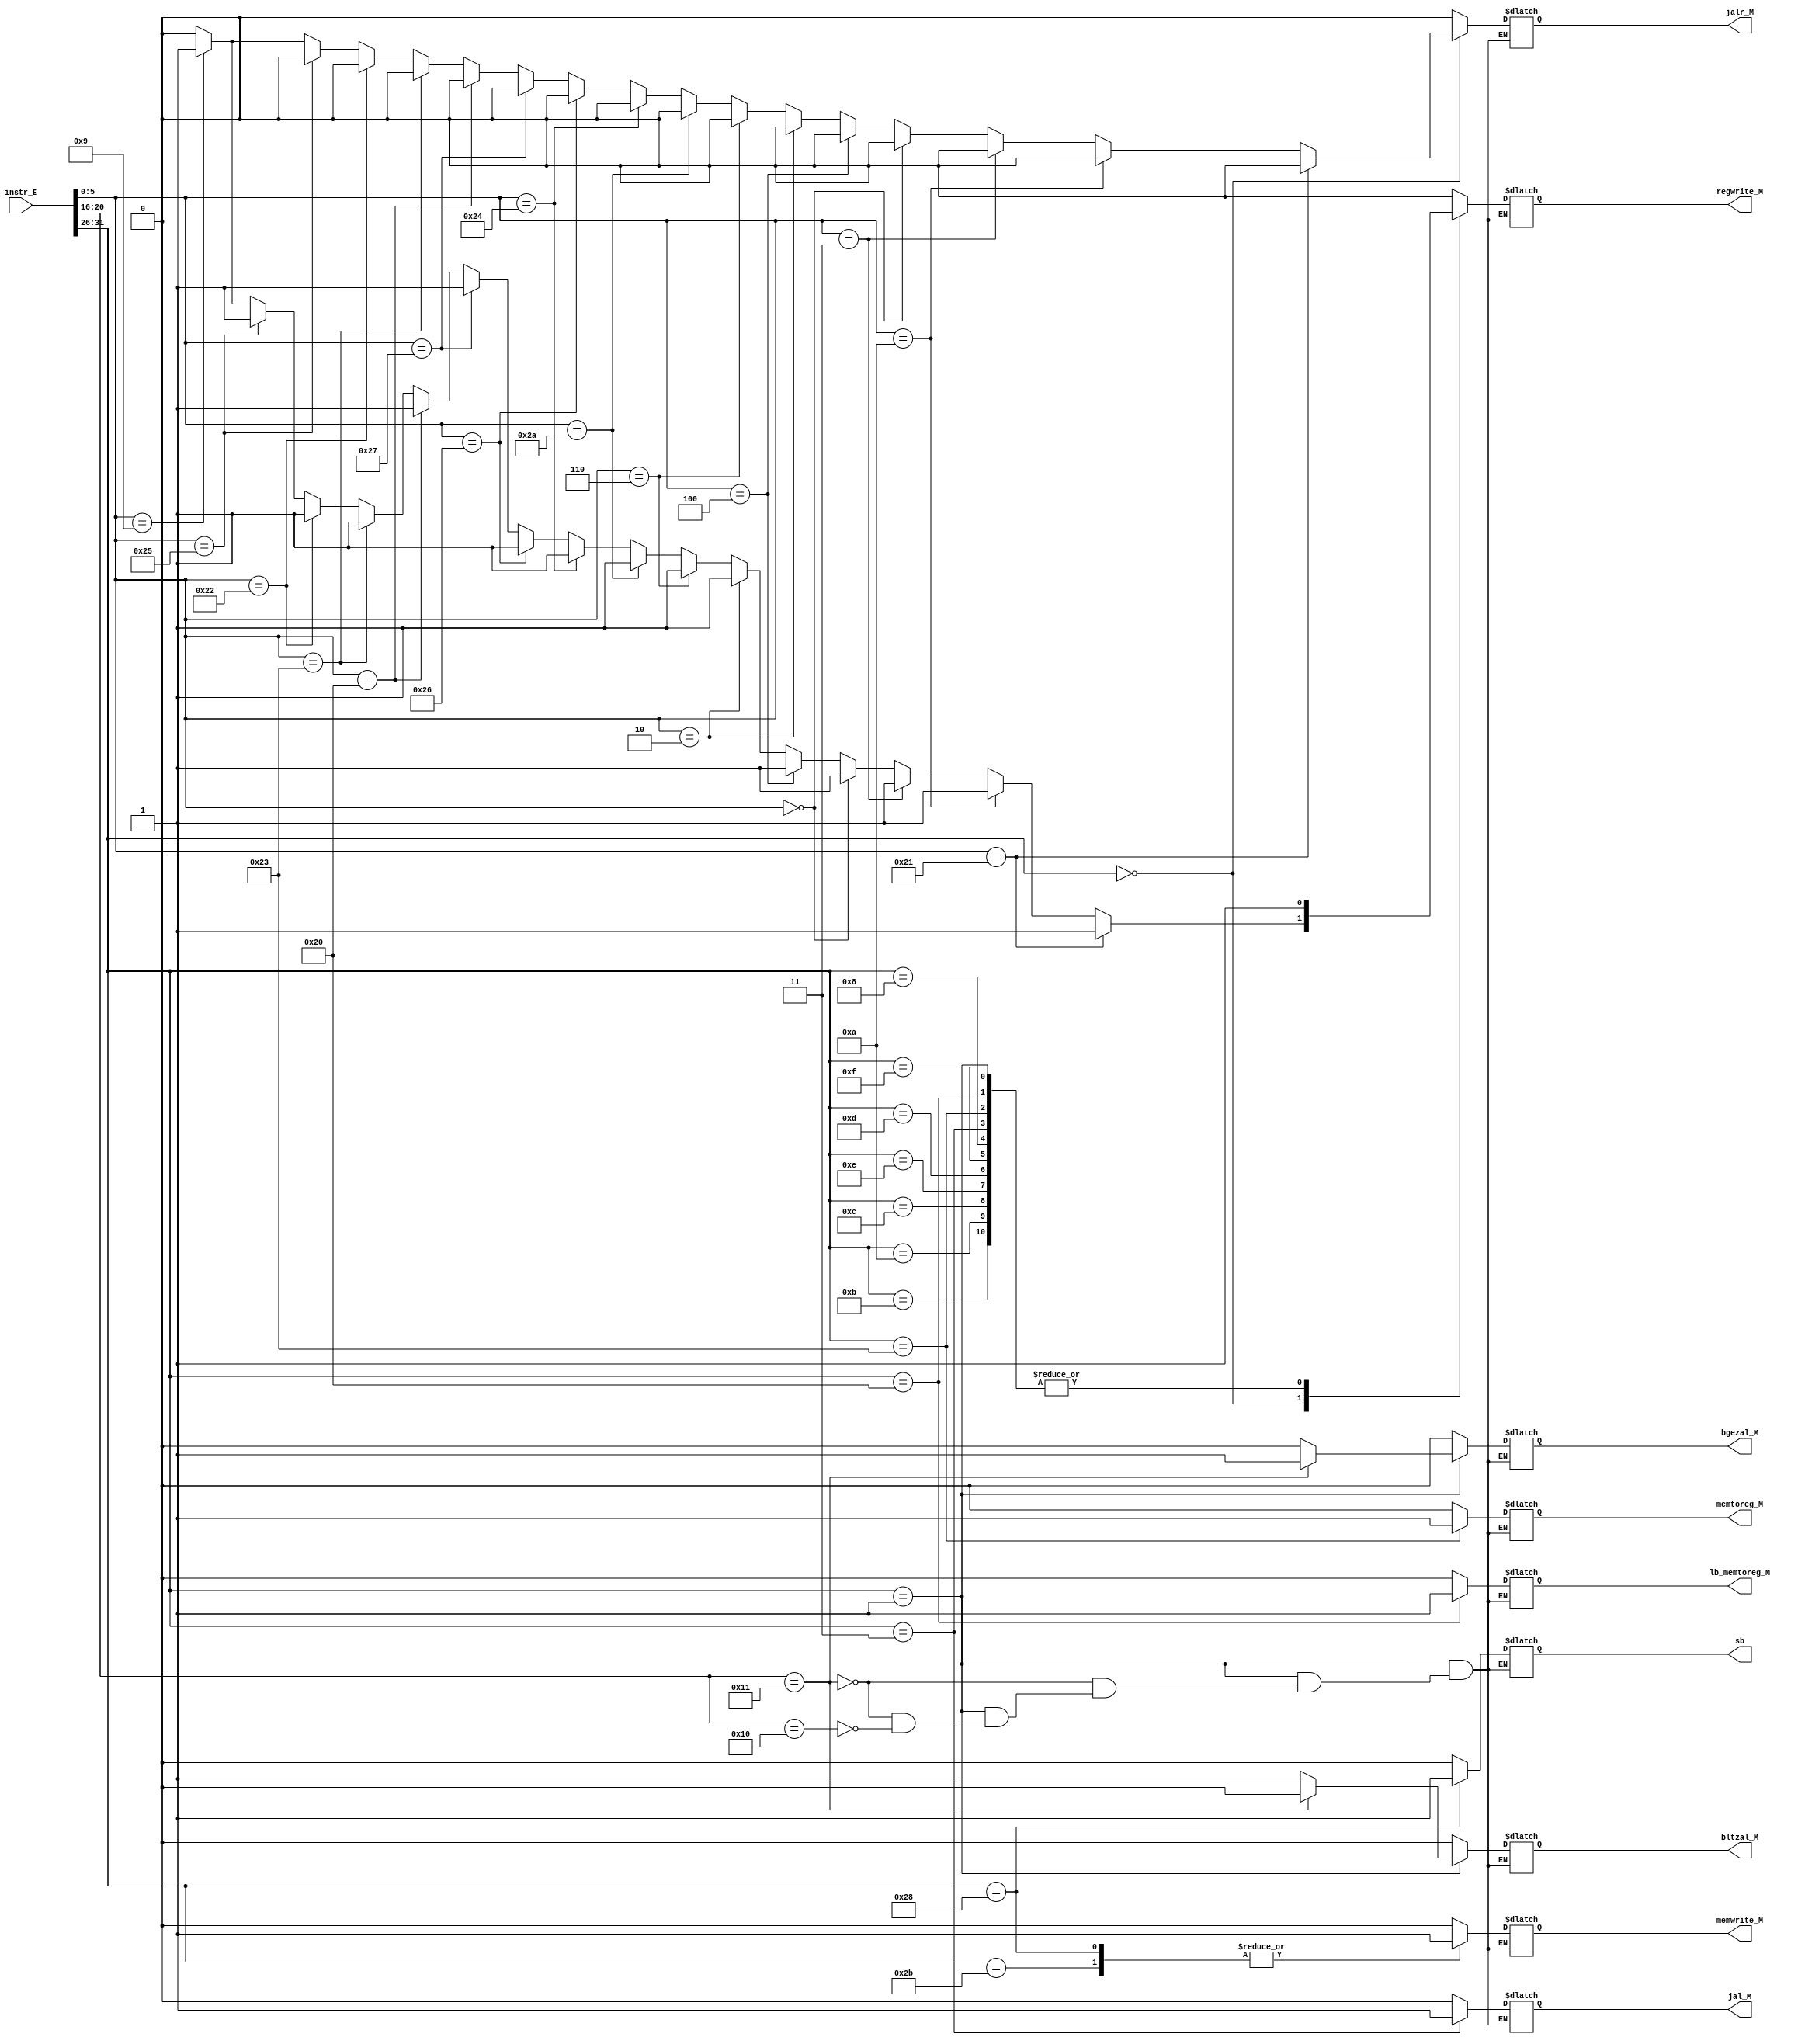
`timescale 1ns / 1ps
//////////////////////////////////////////////////////////////////////////////////
// Company: 
// Engineer: 
// 
// Design Name: 
// Module Name:    yimaqi_M 
// Project Name: 
// Target Devices: 
// Tool versions: 
// Description: 
//
// Dependencies: 
//
// Revision: 
// Revision 0.01 - File Created
// Additional Comments: 
//
//////////////////////////////////////////////////////////////////////////////////
module yimaqi_M(
    input [31:0] instr_E,
	 output reg jal_M,
	 output reg jalr_M,
	 output reg bgezal_M,
    output reg memwrite_M,
	 output reg regwrite_M,
	 output reg memtoreg_M,
	 output reg lb_memtoreg_M,
	 output reg bltzal_M,
	 output reg sb
    );
	 always @ * begin
		case(instr_E[31:26])
		6'b000000:begin
			if(instr_E[5:0]==6'b100001)begin
				memwrite_M = 0;
				regwrite_M = 1;
				memtoreg_M = 0;
				jal_M = 0;
				jalr_M = 0;
				bgezal_M = 0;
				lb_memtoreg_M = 0;
				bltzal_M = 0;
				sb = 0;
			end
			
			else if(instr_E[5:0]==6'b001010)begin
				memwrite_M = 0;
				regwrite_M = 1;
				memtoreg_M = 0;
				jal_M = 0;
				jalr_M = 0;
				bgezal_M = 0;
				lb_memtoreg_M = 0;
				bltzal_M = 0;
				sb = 0;
			end
			
			else if(instr_E[5:0]==6'b000011)begin	//sra
				memwrite_M = 0;
				regwrite_M = 1;
				memtoreg_M = 0;
				jal_M = 0;
				jalr_M = 0;
				bgezal_M = 0;
				lb_memtoreg_M = 0;
				bltzal_M = 0;
				sb = 0;
			end
			
			else if(instr_E[5:0]==6'b000000)begin	//sll
				memwrite_M = 0;
				regwrite_M = 1;
				memtoreg_M = 0;
				jal_M = 0;
				jalr_M = 0;
				bgezal_M = 0;
				lb_memtoreg_M = 0;
				bltzal_M = 0;
				sb = 0;
			end
			
			else if(instr_E[5:0]==6'b000100)begin	//sllv
				memwrite_M = 0;
				regwrite_M = 1;
				memtoreg_M = 0;
				jal_M = 0;
				jalr_M = 0;
				bgezal_M = 0;
				lb_memtoreg_M = 0;
				bltzal_M = 0;
				sb = 0;
			end
			
			else if(instr_E[5:0]==6'b000010)begin	//srl
				memwrite_M = 0;
				regwrite_M = 1;
				memtoreg_M = 0;
				jal_M = 0;
				jalr_M = 0;
				bgezal_M = 0;
				lb_memtoreg_M = 0;
				bltzal_M = 0;
				sb = 0;
			end
			
			else if(instr_E[5:0]==6'b000110)begin	//srlv
				memwrite_M = 0;
				regwrite_M = 1;
				memtoreg_M = 0;
				jal_M = 0;
				jalr_M = 0;
				bgezal_M = 0;
				lb_memtoreg_M = 0;
				bltzal_M = 0;
				sb = 0;
			end
			
			else if(instr_E[5:0]==6'b101010)begin	//srlv
				memwrite_M = 0;
				regwrite_M = 1;
				memtoreg_M = 0;
				jal_M = 0;
				jalr_M = 0;
				bgezal_M = 0;
				lb_memtoreg_M = 0;
				bltzal_M = 0;
				sb = 0;
			end
			
			else if(instr_E[5:0]==6'b100100)begin	//and
				memwrite_M = 0;
				regwrite_M = 1;
				memtoreg_M = 0;
				jal_M = 0;
				jalr_M = 0;
				bgezal_M = 0;
				lb_memtoreg_M = 0;
				bltzal_M = 0;
				sb = 0;
			end
			
			else if(instr_E[5:0]==6'b100110)begin	//xor
				memwrite_M = 0;
				regwrite_M = 1;
				memtoreg_M = 0;
				jal_M = 0;
				jalr_M = 0;
				bgezal_M = 0;
				lb_memtoreg_M = 0;
				bltzal_M = 0;
				sb = 0;
			end
			
			else if(instr_E[5:0]==6'b100111)begin	//nor
				memwrite_M = 0;
				regwrite_M = 1;
				memtoreg_M = 0;
				jal_M = 0;
				jalr_M = 0;
				bgezal_M = 0;
				lb_memtoreg_M = 0;
				bltzal_M = 0;
				sb = 0;
			end
			
			else if(instr_E[5:0]==6'b100000)begin
				memwrite_M = 0;
				regwrite_M = 1;
				memtoreg_M = 0;
				jal_M = 0;
				jalr_M = 0;
				bgezal_M = 0;
				lb_memtoreg_M = 0;
				bltzal_M = 0;
				sb = 0;
			end
			else if(instr_E[5:0]==6'b100011)begin
				memwrite_M = 0;
				regwrite_M = 1;
				memtoreg_M = 0;
				jal_M = 0;
				jalr_M = 0;
				bgezal_M = 0;
				lb_memtoreg_M = 0;
				bltzal_M = 0;
				sb = 0;
			end
			else if(instr_E[5:0]==6'b100010)begin
				memwrite_M = 0;
				regwrite_M = 1;
				memtoreg_M = 0;
				jal_M = 0;
				jalr_M = 0;
				bgezal_M = 0;
				lb_memtoreg_M = 0;
				bltzal_M = 0;
				sb = 0;
			end
			else if(instr_E[5:0]==6'b100101)begin
				memwrite_M = 0;
				regwrite_M = 1;
				memtoreg_M = 0;
				jal_M = 0;
				jalr_M = 0;
				bgezal_M = 0;
				lb_memtoreg_M = 0;
				bltzal_M = 0;
				sb = 0;
			end
			else if(instr_E[5:0]==6'b001001)begin
				memwrite_M = 0;
				regwrite_M = 1;
				memtoreg_M = 0;
				jal_M = 0;
				jalr_M = 1;
				bgezal_M = 0;
				lb_memtoreg_M = 0;
				bltzal_M = 0;
				sb = 0;
			end
			else begin
				memwrite_M = 0;
				regwrite_M = 0;
				memtoreg_M = 0;
				jal_M = 0;
				jalr_M = 0;
				bgezal_M = 0;
				lb_memtoreg_M = 0;
				bltzal_M = 0;
				sb = 0;
			end
		end
		
		6'b000001:begin
			if(instr_E[20:16]==5'b10001)begin
				memwrite_M = 0;
				regwrite_M = 1;
				memtoreg_M = 0;
				jal_M = 0;
				jalr_M = 0;
				bgezal_M = 1;
				lb_memtoreg_M = 0;
				bltzal_M = 0;
				sb = 0;
			end
			else if(instr_E[20:16]==5'b10000)begin
				memwrite_M = 0;
				regwrite_M = 1;
				memtoreg_M = 0;
				jal_M = 0;
				jalr_M = 0;
				bgezal_M = 0;
				lb_memtoreg_M = 0;
				bltzal_M = 1;
				sb = 0;
			end
		end
		
		6'b001011:begin	//slti
			memwrite_M = 0;
			regwrite_M = 1;
			memtoreg_M = 0;
			jal_M = 0;
			jalr_M = 0;
			bgezal_M = 0;
			lb_memtoreg_M = 0;
			bltzal_M = 0;
			sb = 0;
		end
		
		6'b001010:begin	//slti
			memwrite_M = 0;
			regwrite_M = 1;
			memtoreg_M = 0;
			jal_M = 0;
			jalr_M = 0;
			bgezal_M = 0;
			lb_memtoreg_M = 0;
			bltzal_M = 0;
			sb = 0;
		end
		
		6'b001100:begin	//andi
			memwrite_M = 0;
			regwrite_M = 1;
			memtoreg_M = 0;
			jal_M = 0;
			jalr_M = 0;
			bgezal_M = 0;
			lb_memtoreg_M = 0;
			bltzal_M = 0;
			sb = 0;
		end
		
		6'b001110:begin	//xori
			memwrite_M = 0;
			regwrite_M = 1;
			memtoreg_M = 0;
			jal_M = 0;
			jalr_M = 0;
			bgezal_M = 0;
			lb_memtoreg_M = 0;
			bltzal_M = 0;
			sb = 0;
		end
		
		6'b001101:begin
			memwrite_M = 0;
			regwrite_M = 1;
			memtoreg_M = 0;
			jal_M = 0;
			jalr_M = 0;
			bgezal_M = 0;
			lb_memtoreg_M = 0;
			bltzal_M = 0;
			sb = 0;
		end
		6'b001111:begin
			memwrite_M = 0;
			regwrite_M = 1;
			memtoreg_M = 0;
			jal_M = 0;
			jalr_M = 0;
			bgezal_M = 0;
			lb_memtoreg_M = 0;
			bltzal_M = 0;
			sb = 0;
		end
		6'b100011:begin
			memwrite_M = 0;
			regwrite_M = 1;
			memtoreg_M = 1;
			jal_M = 0;
			jalr_M = 0;
			bgezal_M = 0;
			lb_memtoreg_M = 0;
			bltzal_M = 0;
			sb = 0;
		end
		6'b101011:begin
			memwrite_M = 1;
			regwrite_M = 0;
			memtoreg_M = 0;
			jal_M = 0;
			jalr_M = 0;
			bgezal_M = 0;
			lb_memtoreg_M = 0;
			bltzal_M = 0;
			sb = 0;
		end
		6'b001000:begin
			memwrite_M = 0;
			regwrite_M = 1;
			memtoreg_M = 0;
			jal_M = 0;
			jalr_M = 0;
			bgezal_M = 0;
			lb_memtoreg_M = 0;
			bltzal_M = 0;
			sb = 0;
		end
		6'b000011:begin
			memwrite_M = 0;
			regwrite_M = 1;
			memtoreg_M = 0;
			jal_M = 1;
			jalr_M = 0;
			bgezal_M = 0;
			lb_memtoreg_M = 0;
			bltzal_M = 0;
			sb = 0;
		end
		

		6'b100000:begin
			memwrite_M = 0;
			regwrite_M = 1;
			memtoreg_M = 0;
			jal_M = 0;
			jalr_M = 0;
			bgezal_M = 0;
			lb_memtoreg_M = 1;
			bltzal_M = 0;
			sb = 0;
		end

		6'b101000:begin
			memwrite_M = 1;
			regwrite_M = 0;
			memtoreg_M = 0;
			jal_M = 0;
			jalr_M = 0;
			bgezal_M = 0;
			lb_memtoreg_M = 0;
			bltzal_M = 0;
			sb = 1;
		end

		default:begin
			memwrite_M = 0;
			regwrite_M = 0;
			memtoreg_M = 0;
			jal_M = 0;
			jalr_M = 0;
			bgezal_M = 0;
			lb_memtoreg_M = 0;
			bltzal_M = 0;
			sb = 0;
		end
		endcase
	 end
 	 


endmodule